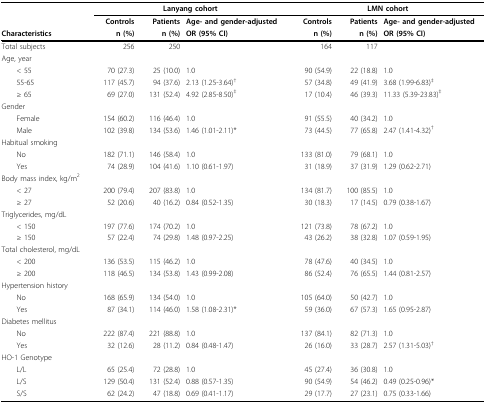
<table><thead><tr><td></td><td colspan="3"><b>Lanyang cohort</b></td><td colspan="3"><b>LMN cohort</b></td></tr><tr><td></td><td><b>Controls</b></td><td><b>Patients</b></td><td><b>Age- and gender-adjusted</b></td><td><b>Controls</b></td><td><b>Patients</b></td><td><b>Age- and gender-adjusted</b></td></tr><tr><td><b>Characteristics</b></td><td><b>n (%)</b></td><td><b>n (%)</b></td><td><b>OR (95% CI)</b></td><td><b>n (%)</b></td><td><b>n (%)</b></td><td><b>OR (95% CI)</b></td></tr></thead><tbody><tr><td>Total subjects</td><td>256</td><td>250</td><td></td><td>164</td><td>117</td><td></td></tr><tr><td>Age, year</td><td></td><td></td><td></td><td></td><td></td><td></td></tr><tr><td> &lt; 55</td><td>70 (27.3)</td><td>25 (10.0)</td><td>1.0</td><td>90 (54.9)</td><td>22 (18.8)</td><td>1.0</td></tr><tr><td> 55-65</td><td>117 (45.7)</td><td>94 (37.6)</td><td>2.13 (1.25-3.64)<sup>†</sup></td><td>57 (34.8)</td><td>49 (41.9)</td><td>3.68 (1.99-6.83)<sup>‡</sup></td></tr><tr><td> ≥ 65</td><td>69 (27.0)</td><td>131 (52.4)</td><td>4.92 (2.85-8.50)<sup>‡</sup></td><td>17 (10.4)</td><td>46 (39.3)</td><td>11.33 (5.39-23.83)<sup>‡</sup></td></tr><tr><td>Gender</td><td></td><td></td><td></td><td></td><td></td><td></td></tr><tr><td> Female</td><td>154 (60.2)</td><td>116 (46.4)</td><td>1.0</td><td>91 (55.5)</td><td>40 (34.2)</td><td>1.0</td></tr><tr><td> Male</td><td>102 (39.8)</td><td>134 (53.6)</td><td>1.46 (1.01-2.11)*</td><td>73 (44.5)</td><td>77 (65.8)</td><td>2.47 (1.41-4.32)<sup>†</sup></td></tr><tr><td>Habitual smoking</td><td></td><td></td><td></td><td></td><td></td><td></td></tr><tr><td> No</td><td>182 (71.1)</td><td>146 (58.4)</td><td>1.0</td><td>133 (81.0)</td><td>79 (68.1)</td><td>1.0</td></tr><tr><td> Yes</td><td>74 (28.9)</td><td>104 (41.6)</td><td>1.10 (0.61-1.97)</td><td>31 (18.9)</td><td>37 (31.9)</td><td>1.29 (0.62-2.71)</td></tr><tr><td>Body mass index, kg/m<sup>2</sup></td><td></td><td></td><td></td><td></td><td></td><td></td></tr><tr><td> &lt; 27</td><td>200 (79.4)</td><td>207 (83.8)</td><td>1.0</td><td>134 (81.7)</td><td>100 (85.5)</td><td>1.0</td></tr><tr><td> ≥ 27</td><td>52 (20.6)</td><td>40 (16.2)</td><td>0.84 (0.52-1.35)</td><td>30 (18.3)</td><td>17 (14.5)</td><td>0.79 (0.38-1.67)</td></tr><tr><td>Triglycerides, mg/dL</td><td></td><td></td><td></td><td></td><td></td><td></td></tr><tr><td> &lt; 150</td><td>197 (77.6)</td><td>174 (70.2)</td><td>1.0</td><td>121 (73.8)</td><td>78 (67.2)</td><td>1.0</td></tr><tr><td> ≥ 150</td><td>57 (22.4)</td><td>74 (29.8)</td><td>1.48 (0.97-2.25)</td><td>43 (26.2)</td><td>38 (32.8)</td><td>1.07 (0.59-1.95)</td></tr><tr><td>Total cholesterol, mg/dL</td><td></td><td></td><td></td><td></td><td></td><td></td></tr><tr><td> &lt; 200</td><td>136 (53.5)</td><td>115 (46.2)</td><td>1.0</td><td>78 (47.6)</td><td>40 (34.5)</td><td>1.0</td></tr><tr><td> ≥ 200</td><td>118 (46.5)</td><td>134 (53.8)</td><td>1.43 (0.99-2.08)</td><td>86 (52.4)</td><td>76 (65.5)</td><td>1.44 (0.81-2.57)</td></tr><tr><td>Hypertension history</td><td></td><td></td><td></td><td></td><td></td><td></td></tr><tr><td> No</td><td>168 (65.9)</td><td>134 (54.0)</td><td>1.0</td><td>105 (64.0)</td><td>50 (42.7)</td><td>1.0</td></tr><tr><td> Yes</td><td>87 (34.1)</td><td>114 (46.0)</td><td>1.58 (1.08-2.31)*</td><td>59 (36.0)</td><td>67 (57.3)</td><td>1.65 (0.95-2.87)</td></tr><tr><td>Diabetes mellitus</td><td></td><td></td><td></td><td></td><td></td><td></td></tr><tr><td> No</td><td>222 (87.4)</td><td>221 (88.8)</td><td>1.0</td><td>137 (84.1)</td><td>82 (71.3)</td><td>1.0</td></tr><tr><td> Yes</td><td>32 (12.6)</td><td>28 (11.2)</td><td>0.84 (0.48-1.47)</td><td>26 (16.0)</td><td>33 (28.7)</td><td>2.57 (1.31-5.03)<sup>†</sup></td></tr><tr><td>HO-1 Genotype</td><td></td><td></td><td></td><td></td><td></td><td></td></tr><tr><td> L/L</td><td>65 (25.4)</td><td>72 (28.8)</td><td>1.0</td><td>45 (27.4)</td><td>36 (30.8)</td><td>1.0</td></tr><tr><td> L/S</td><td>129 (50.4)</td><td>131 (52.4)</td><td>0.88 (0.57-1.35)</td><td>90 (54.9)</td><td>54 (46.2)</td><td>0.49 (0.25-0.96)*</td></tr><tr><td> S/S</td><td>62 (24.2)</td><td>47 (18.8)</td><td>0.69 (0.41-1.17)</td><td>29 (17.7)</td><td>27 (23.1)</td><td>0.75 (0.33-1.66)</td></tr></tbody></table>